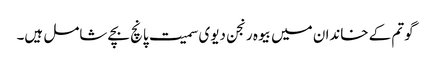
گوتم کے خاندان میں بیوہ رنجن دیوی سمیت پانچ بچے شامل ہیں۔